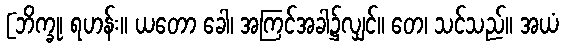
[ဘိက္ခု၊ ရဟန်း။ ယတော ခေါ၊ အကြင်အခါ၌လျှင်။ တေ၊ သင်သည်။ အယံ